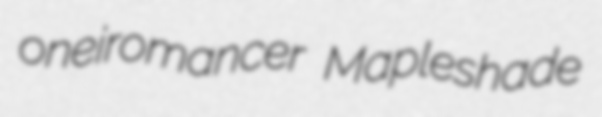
oneiromancer Mapleshade